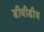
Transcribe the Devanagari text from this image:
डीवीडीज